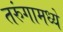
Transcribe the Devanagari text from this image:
तरुंगामध्ये